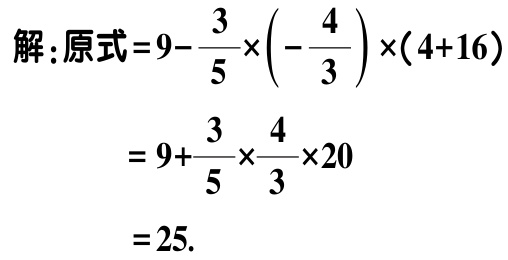
解：原式\(=9 - \dfrac{3}{5}×\left(-\dfrac{4}{3}\right)×(4 + 16)\)

\(= 9+\dfrac{3}{5}×\dfrac{4}{3}×20\)

\(=25\).